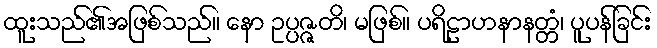
ထူးသည်၏အဖြစ်သည်။ နော ဥပ္ပဇ္ဇတိ၊ မဖြစ်။ ပရိဠာဟနာနတ္တံ၊ ပူပန်ခြင်း